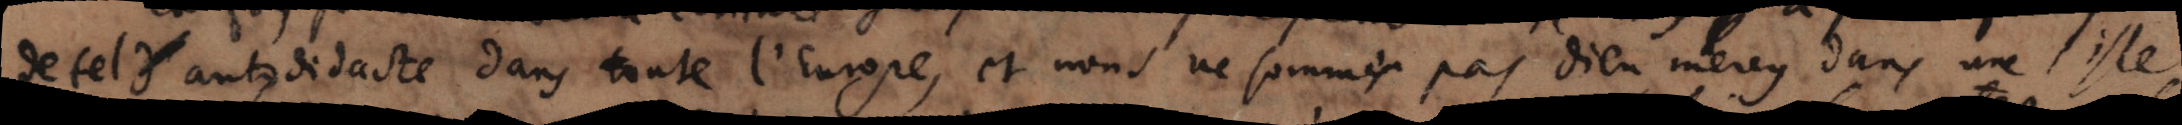
de tel Autodidacte dans toute l’Europe et nous ne sommes pas Dieu mercy dans une isle